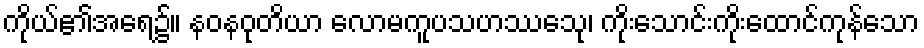
ကိုယ်၏အရေ၌။ နဝနဝုတိယာ လောမကူပသဟဿေသု၊ ကိုးသောင်းကိုးထောင်ကုန်သော